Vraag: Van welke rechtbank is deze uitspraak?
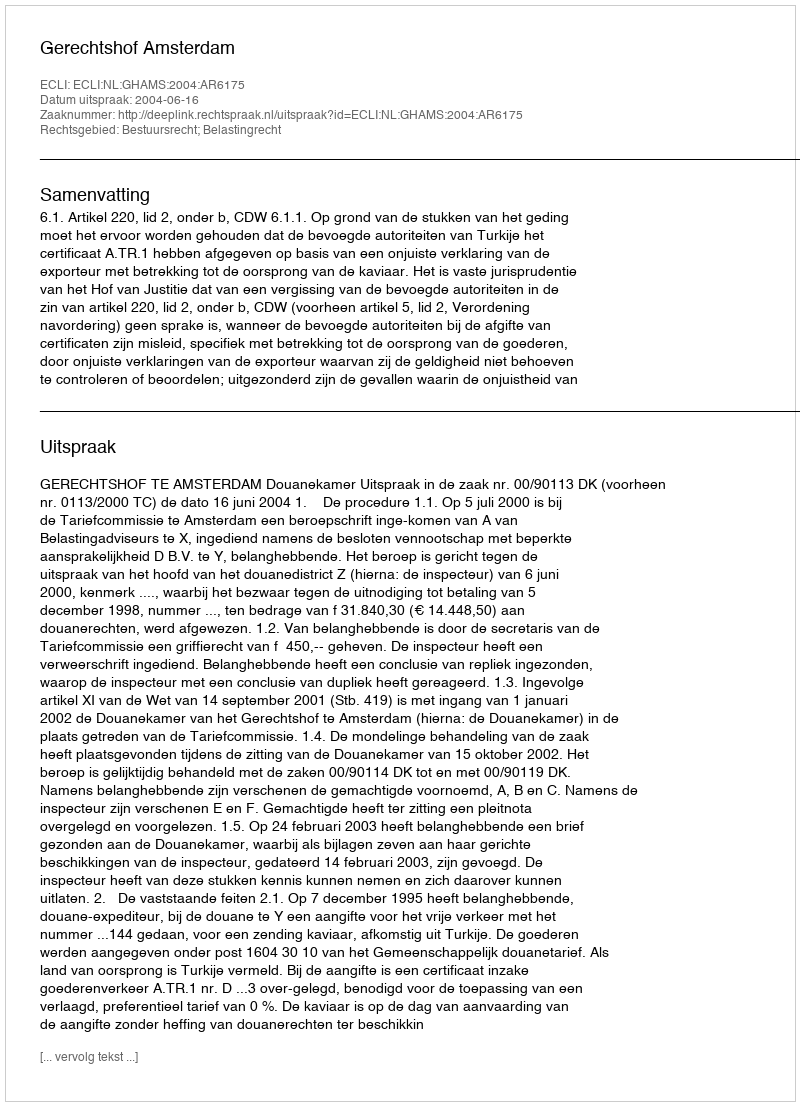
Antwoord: Gerechtshof Amsterdam